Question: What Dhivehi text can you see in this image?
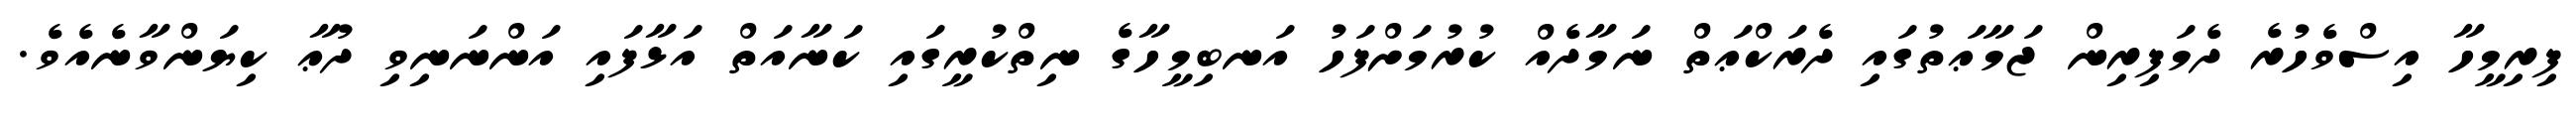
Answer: ފިރިމީހާ އިސްވެހުރެ ދެމަފިރިން ޖަމާޢަތުގައި ދެރަކްޢަތް ނަމާދެއް ކުރުމަށްފަހު އަނބިމީހާގެ ނިތްކުރީގައި ކަނާއަތް އަޅާފައި އަންނަނިވި ދުޢާ ކިޔަންވާނެއެވެ.